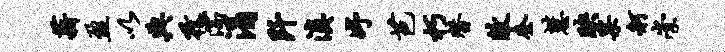
薪盈以典孜濡涓阡滇妤芭朽替敝奎慧映果舸崇